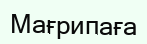
Мағрипаға